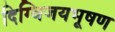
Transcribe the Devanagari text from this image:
दिग्विजयभूषण